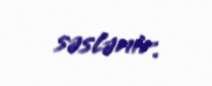
səslənir.